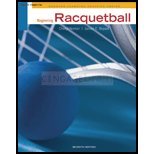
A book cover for Beginning Racquetball (7th, 12) by [Paperback (2011)]; Sports & Outdoors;